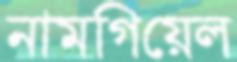
নামগিয়েল